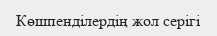
Көшпенділердің жол серігі